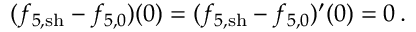
( f _ { 5 , \mathrm { s h } } - { f } _ { 5 , 0 } ) ( 0 ) = ( f _ { 5 , \mathrm { s h } } - { f } _ { 5 , 0 } ) ^ { \prime } ( 0 ) = 0 \, .